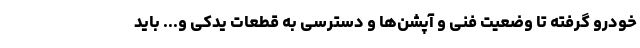
خودرو گرفته تا وضعیت فنی و آپشن‌ها و دسترسی به قطعات یدکی و... باید